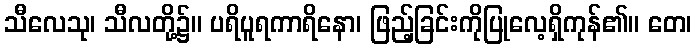
သီလေသု၊ သီလတို့၌။ ပရိပူရကာရိနော၊ ဖြည့်ခြင်းကိုပြုလေ့ရှိကုန်၏။ တေ၊